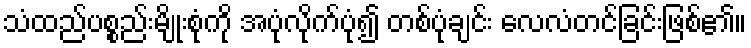
သံထည်ပစ္စည်းမျိုးစုံကို အပုံလိုက်ပုံ၍ တစ်ပုံချင်း လေလံတင်ခြင်းဖြစ်၏။